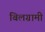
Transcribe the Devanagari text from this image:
बिलग्रामी